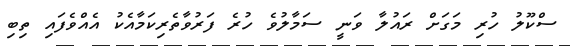
ސްކޫލު ހުރި މަގަށް ރައުލާ ވަނީ ސަމާލުވެ ހުރެ ފަރުވާތެރިކަމާއެކު އެއްވެފައި ތިބި